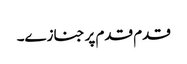
قدم قدم پر جنازے۔